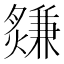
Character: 𤑃